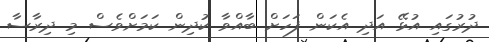
ދުރުގައި އުޅޭ އަދި އެކަން ފަހަށް ބާއްވާ ކުދިން ކަމަށްވެސް މި ދިރާސާ